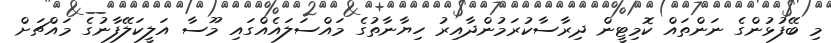
މި ބޭފުޅުންގެ ނަންތައް ކޮމިޓީން ދިރާސާކުރަމުންދާއިރު ހިޔާނާތުގެ މައްސަލައެއްގައި މޫސާ އަލީކަލޭފާނުގެ މައްޗަށް